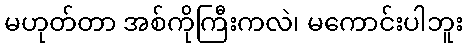
မဟုတ်တာ အစ်ကိုကြီးကလဲ၊ မကောင်းပါဘူး